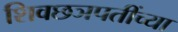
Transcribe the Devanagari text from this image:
शिवछञपतींच्या